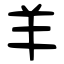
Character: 羊